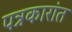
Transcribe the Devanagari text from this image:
पत्रकारांत